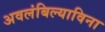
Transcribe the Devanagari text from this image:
अवलंबिल्याविना